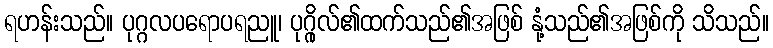
ရဟန်းသည်။ ပုဂ္ဂလပရောပရညူ၊ ပုဂ္ဂိုလ်၏ထက်သည်၏အဖြစ် နုံ့သည်၏အဖြစ်ကို သိသည်။